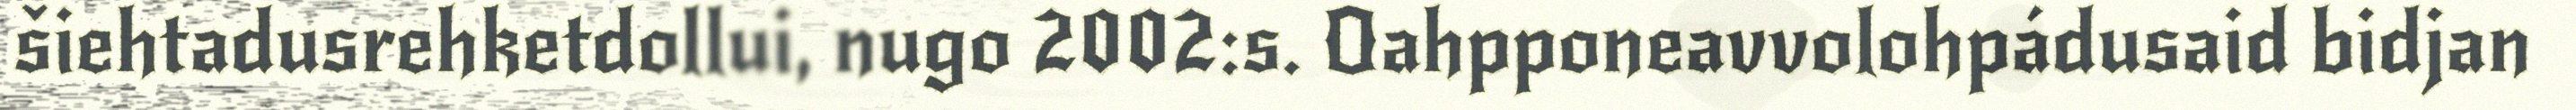
šiehtadusrehketdollui, nugo 2002:s. Oahpponeavvolohpádusaid bidjan